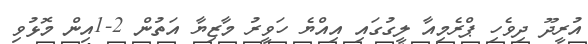
އުރީދޫ ދިވެހި ޕްރެމިއާ ލީގުގައި އިއްޔެ ހަވީރު މާޒިޔާ އަތުން 2-1އިން މޮޅުވި